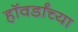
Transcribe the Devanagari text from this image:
हॉवर्डांच्या